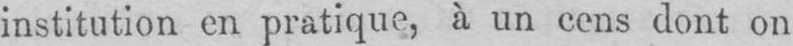
institution en pratique, à un cens dont on